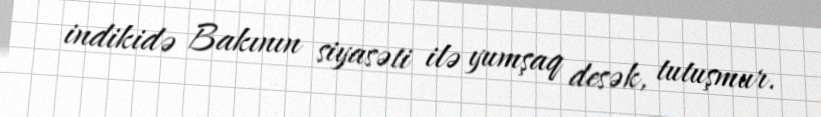
indikidə Bakının siyasəti ilə yumşaq desək, tutuşmur.